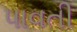
પાવતી